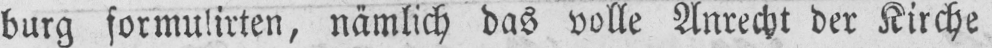
burg formulirten, nämlich das volle Anrecht der Kirche